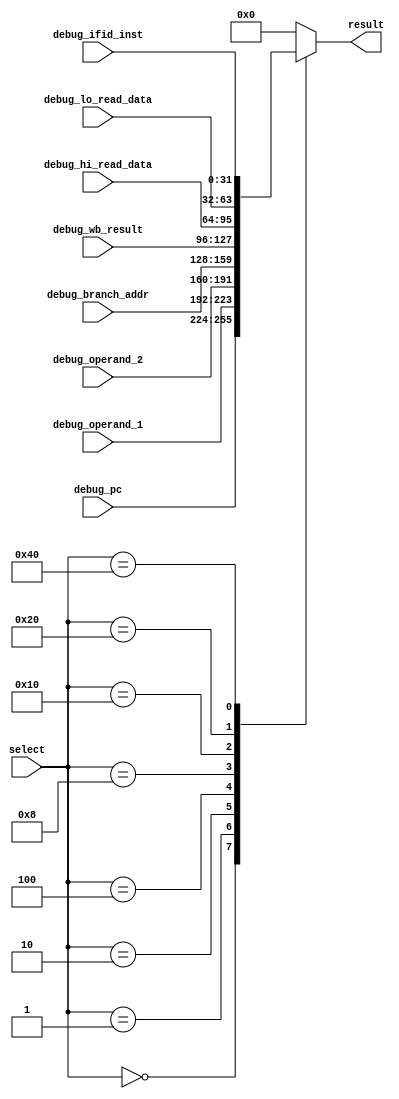
module mux_5to1(
    input      [31:0]          debug_pc,
    input      [31:0]          debug_operand_1,
    input      [31:0]          debug_operand_2,
    input      [31:0]  		   debug_branch_addr,
    input      [31:0]   	   debug_wb_result,
    input      [31:0]   	   debug_hi_read_data,
    input      [31:0]   	   debug_lo_read_data,
    input      [31:0]          debug_ifid_inst,
    input      [7:0]           select,
    output     reg [31:0]      result
);


    always @(*) begin
        case( select )
            8'b0000_0000 : begin
               result <= debug_pc;                             
            end
            8'b0000_0001 : begin
                result <= debug_operand_1;              
            end
            8'b0000_0010 : begin
                result <= debug_operand_2;               
            end
            8'b0000_0100 : begin
                result <= debug_branch_addr;               
            end
            8'b0000_1000 : begin
                result <= debug_wb_result;
            end
            8'b0001_0000 : begin
                result <= debug_hi_read_data;
            end
            8'b0010_0000 : begin
                result <= debug_lo_read_data;
            end
            8'b0100_0000 : begin
                result <= debug_ifid_inst;
            end
            default : begin
                result <= 0;
            end
        endcase        
    end

endmodule